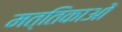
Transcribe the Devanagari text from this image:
मत्तिकाओं